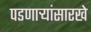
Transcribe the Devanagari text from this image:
पडणाऱ्यांसारखे